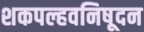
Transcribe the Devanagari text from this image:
शकपल्हवनिषूदन